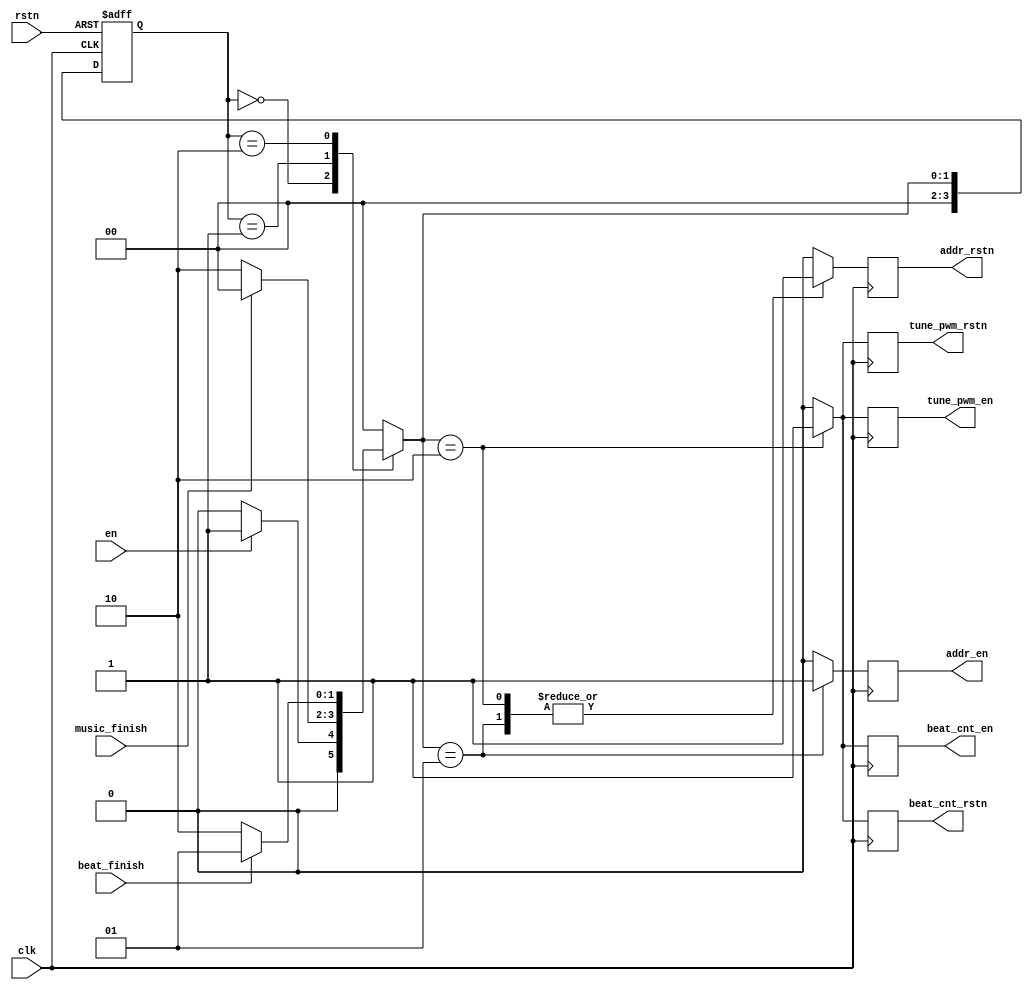
module bzmusic_ctrl(
    input   clk,
    input   en,
    input   rstn,
    input   music_finish,
    input   beat_finish,
    output  reg addr_en,
    output  reg addr_rstn,
    output  reg tune_pwm_en,
    output  reg tune_pwm_rstn,
    output  reg beat_cnt_en,
    output  reg beat_cnt_rstn
);

parameter IDLE  = 2'b00;
parameter ADD   = 2'b01;
parameter EX    = 2'b10;

reg  [3:0]  state;
reg  [3:0]  state_nxt;

always @(en or beat_finish or music_finish or state) begin
    case (state)
        IDLE :begin
            if (en) begin
                state_nxt = ADD;
            end else begin
                state_nxt = IDLE;
            end
        end
        ADD  :begin
            if (music_finish) begin
                state_nxt = IDLE;
            end else begin
                state_nxt = EX;
            end
        end
        EX   :begin
            if (beat_finish) begin
                state_nxt = ADD;
            end else begin
                state_nxt = EX;
            end
        end
        default: state_nxt = IDLE;
    endcase
end

always @(posedge clk or negedge rstn) begin
    if (!rstn) begin
        state <= IDLE;
    end else begin
        state <= state_nxt;
    end
end

always @(posedge clk) begin
    case (state_nxt)
        IDLE:begin
            addr_en <= 1'b0;
            addr_rstn <= 1'b0;
            tune_pwm_en <= 1'b0;
            tune_pwm_rstn <= 1'b0;
            beat_cnt_en <= 1'b0;
            beat_cnt_rstn <= 1'b0;
        end  
        ADD:begin
            addr_en <= 1'b1;
            addr_rstn <= 1'b1;
            tune_pwm_en <= 1'b0;
            tune_pwm_rstn <= 1'b0;
            beat_cnt_en <= 1'b0;
            beat_cnt_rstn <= 1'b0;
        end       
        EX:begin
            addr_en <= 1'b0;
            addr_rstn <= 1'b1;
            tune_pwm_en <= 1'b1;
            tune_pwm_rstn <= 1'b1;
            beat_cnt_en <= 1'b1;
            beat_cnt_rstn <= 1'b1;
        end 
        default:begin
            addr_en <= 1'b0;
            addr_rstn <= 1'b0;
            tune_pwm_en <= 1'b0;
            tune_pwm_rstn <= 1'b0;
            beat_cnt_en <= 1'b0;
            beat_cnt_rstn <= 1'b0;
        end
    endcase
end

endmodule